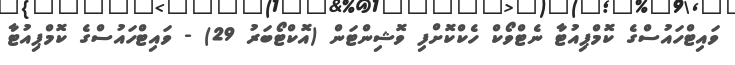
ވައިޓްހައުސްގެ ކޮމްޕިއުޓާ ނެޓްވޯކް ހެކްކޮށްފި ވޮޝިންޓަން (އޮކްޓޯބަރު 29) - ވައިޓްހައުސްގެ ކޮމްޕިއުޓާ